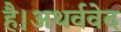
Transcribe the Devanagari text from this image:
है।अथर्ववेद